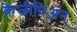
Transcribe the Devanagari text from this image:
केजीपिअन्